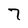
Character: 7